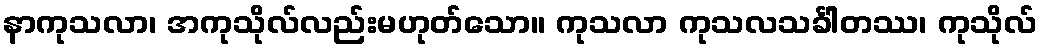
နာကုသလာ၊ အကုသိုလ်လည်းမဟုတ်သော။ ကုသလာ ကုသလသင်္ခါတဿ၊ ကုသိုလ်